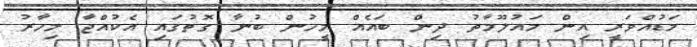
މަޑުއްވަރީ އިން މައުލޫމާތު ދިން ބައެއް މީހުން ބުނާ ގޮތުގައި އެކުއްޖާ މިހާރު